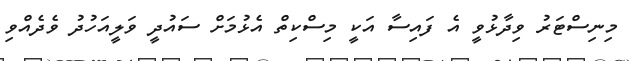
މިނިސްޓަރު ވިދާޅުވީ އެ ފައިސާ އަކީ މިސްކިތް އެޅުމަށް ސައުދީ ވަލީއަހުދު ވެދެއްވި